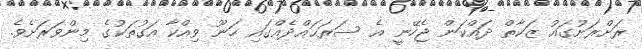
ރަށްރަށުގައު ޒަކާތް ދައްކަން ޖެހޭނީ އެ ސަރަޙައްދެއްގައި ހަނޫ ވިއްކާ އަގުތަކުގެ މިންވަރަށެވެ.